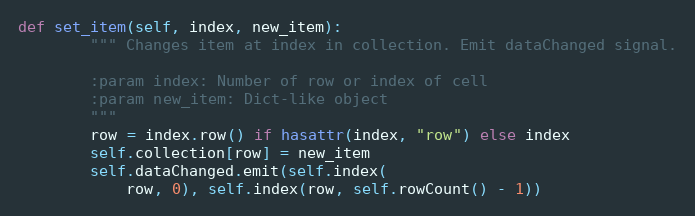
Language: Python
def set_item(self, index, new_item):
        """ Changes item at index in collection. Emit dataChanged signal.

        :param index: Number of row or index of cell
        :param new_item: Dict-like object
        """
        row = index.row() if hasattr(index, "row") else index
        self.collection[row] = new_item
        self.dataChanged.emit(self.index(
            row, 0), self.index(row, self.rowCount() - 1))